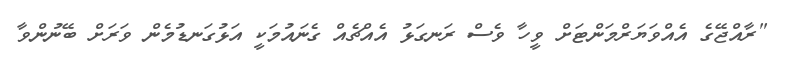
"ރާއްޖޭގެ އެއްވަޔަރްމަންޓަށް ވީހާ ވެސް ރަނގަޅު އެއްޗެއް ގެނައުމަކީ އަޅުގަނޑުމެން ވަރަށް ބޭނުންވާ